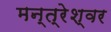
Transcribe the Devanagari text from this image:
मन्त्रेश्वर